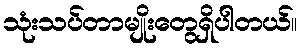
သုံးသပ်တာမျိုးတွေရှိပါတယ်။